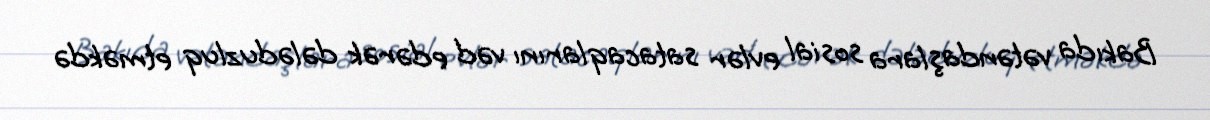
Bakıda vətəndaşlara sosial evlər satacaqlarını vəd edərək dələduzluq etməkdə